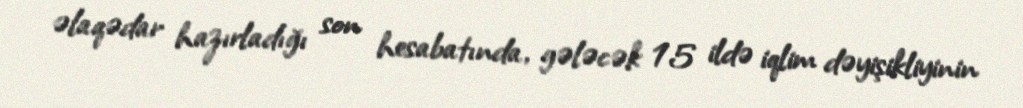
əlaqədar hazırladığı son hesabatında, gələcək 15 ildə iqlim dəyişikliyinin